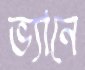
ভ্যানে